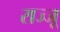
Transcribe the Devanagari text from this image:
राज्जू